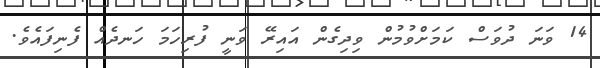
14 ވަނަ ދުވަސް ކަމަށްވުމުން ވިދިގެން އައިރޭ ވަނީ ފުރިހަމަ ހަނދެއް ފެނިފައެވެ.